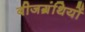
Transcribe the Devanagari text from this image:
बीजग्रंथियों